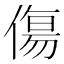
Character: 傷